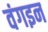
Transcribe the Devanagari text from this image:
वंगइन